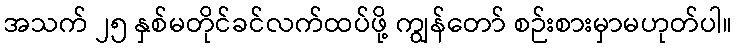
အသက် ၂၅ နှစ်မတိုင်ခင်လက်ထပ်ဖို့ ကျွန်တော် စဉ်းစားမှာမဟုတ်ပါ။